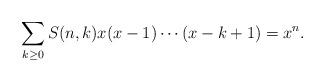
LaTeX: \begin{align*}\sum_{k\ge 0}S(n,k)x(x-1)\cdots(x-k+1)=x^n.\end{align*}